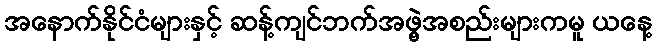
အနောက်နိုင်ငံများနှင့် ဆန့်ကျင်ဘက်အဖွဲ့အစည်းများကမူ ယနေ့